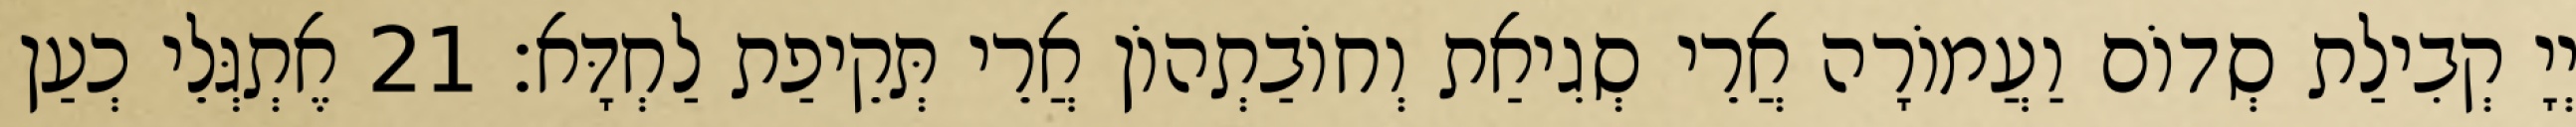
יְיָ קְבִילַת סְדוֹם וַעֲמוֹרָה אֲרֵי סְגִיאַת וְחוֹבַתְהוֹן אֲרֵי תְּקֵיפַת לַחְדָּא׃ 21 אֶתְגְּלֵי כְעַן